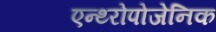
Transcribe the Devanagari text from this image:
एन्थ्‍रोपोजेनिक